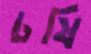
চষি